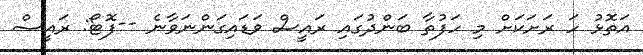
އަތޮޅު ހަ ރަށަކަށް މި ހަފުތާ ބަންދުގައި ރައީސް ވަޑައިގަންނަވާނެ --ފޮޓޯ: ރައީސް